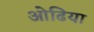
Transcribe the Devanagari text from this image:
ओढिया